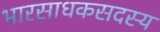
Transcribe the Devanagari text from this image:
भारसाधकसदस्य